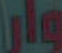
ولار